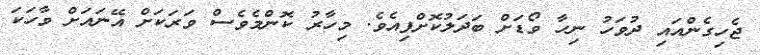
ޖެހިގެންއައި ދުވަހު ނިހާ ވޯޑަށް ބަދަލުކޮށްފިއެވެ. މިހާރު ކޮންމެވެސް ވަރަކަށް އޭނައަށް ވާހަކަ